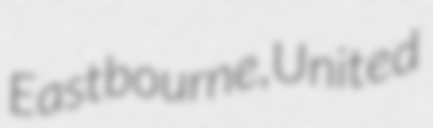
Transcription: Eastbourne, United